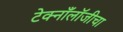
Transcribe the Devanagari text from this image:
टेक्नाँलॉजीचा